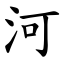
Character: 河